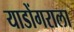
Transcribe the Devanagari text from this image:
याडोंगराला